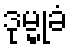
ဒုမ္မုခံ